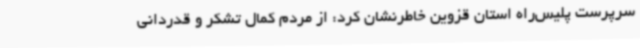
سرپرست پلیس‌راه استان قزوین خاطرنشان کرد: از مردم کمال تشکر و قدردانی